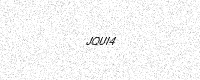
Text: JQUI4